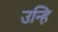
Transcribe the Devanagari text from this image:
उन्हि